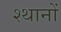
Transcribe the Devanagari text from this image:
श्थानों